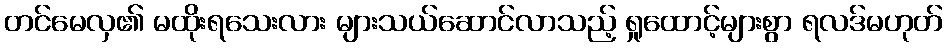
တင်မေလှ၏ မထိုးရသေးလား များသယ်ဆောင်လာသည့် ရှုထောင့်များစွာ ရလဒ်မဟုတ်